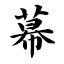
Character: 幕